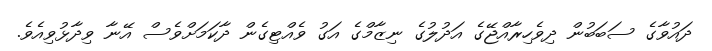
ދައުވާގެ ސަބަބުން ދިވެހިރާއްޖޭގެ އަދުލުގެ ނިޒާމްގެ އަގު ވެއްޓިގެން ދާކަމަށްވެސް އޭނާ ވިދާޅުވިއެވެ.